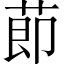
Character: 莭